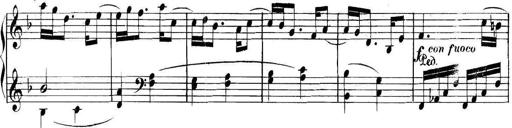
Title: Collected Piano Sonatas
Composer: Muzio Clementi